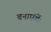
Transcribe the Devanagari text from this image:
बनाएंगें।